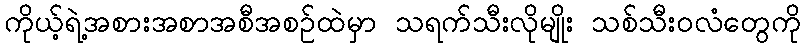
ကိုယ့်ရဲ့အစားအစာအစီအစဉ်ထဲမှာ သရက်သီးလိုမျိုး သစ်သီးဝလံတွေကို